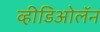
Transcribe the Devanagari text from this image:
व्हीडिओलॅन